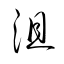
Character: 沮